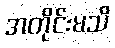
အတိုင်းမသိ